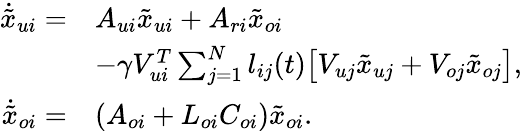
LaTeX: \begin{array}{rl}{\dot{\tilde{x}}_{ui}=}&{A_{ui}\tilde{x}_{ui}+A_{ri}\tilde{x}_{oi}}\\ &{-\gamma V_{ui}^{T}\sum_{j=1}^{N}l_{ij}(t)\big[{V_{uj}\tilde{x}_{uj}+V_{oj}\tilde{x}_{oj}}\big],}\\ {\dot{\tilde{x}}_{oi}=}&{(A_{oi}+L_{oi}C_{oi})\tilde{x}_{oi}.}\end{array}